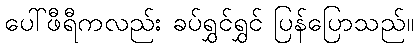
ပေါ်ဖီရီကလည်း ခပ်ရွှင်ရွှင် ပြန်ပြောသည်။